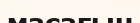
масағын